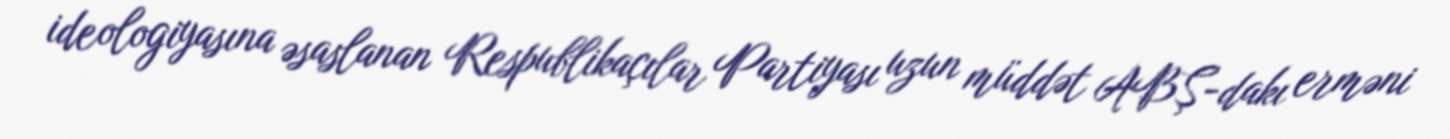
ideologiyasına əsaslanan Respublikaçılar Partiyası uzun müddət ABŞ-dakı erməni